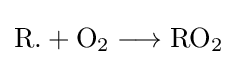
{{\mathit {\mathrm {R} }}{\text{.}}{}+{}{\mathit {\mathrm {O} }}{\vphantom {A}}_{\smash[{t}]{2}}{}\mathrel {\longrightarrow } {}{\mathit {\mathrm {RO} }}{\vphantom {A}}_{\smash[{t}]{2}}}